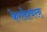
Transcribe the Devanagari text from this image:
केरलेश्वरन्